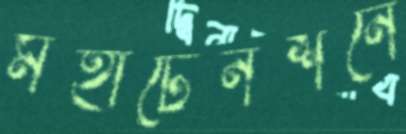
মহাটেনশনে